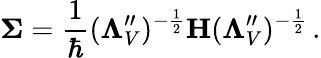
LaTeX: \mathbf{\Sigma}=\frac{1}{\hbar}(\mathbf\Lambda_{V}^{\prime\prime})^{-\frac 12}\mathbf H(\mathbf\Lambda_{V}^{\prime\prime})^{-\frac 12}\, .